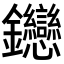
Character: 𬬦